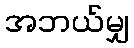
အဘယ်မျှ